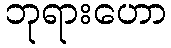
ဘုရားဟော